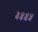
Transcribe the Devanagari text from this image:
३४४५